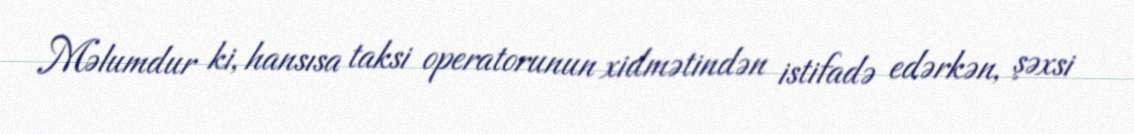
Məlumdur ki, hansısa taksi operatorunun xidmətindən istifadə edərkən, şəxsi